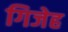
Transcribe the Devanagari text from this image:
गिजेह